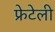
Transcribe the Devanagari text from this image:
फ्रेटेली